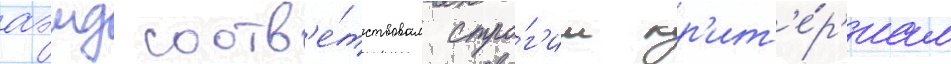
аэмд соотв'е́тствовал стро́г'им кр'ит'е́р'иам